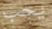
يجب